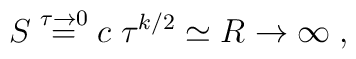
S \buildrel{\tau \to 0}\over= c\; \tau^{k/2} \simeq R \to \infty \; ,